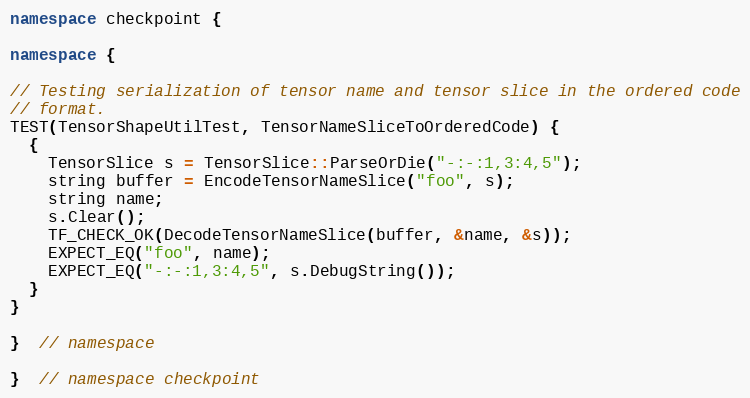
Language: C++
namespace checkpoint {

namespace {

// Testing serialization of tensor name and tensor slice in the ordered code
// format.
TEST(TensorShapeUtilTest, TensorNameSliceToOrderedCode) {
  {
    TensorSlice s = TensorSlice::ParseOrDie("-:-:1,3:4,5");
    string buffer = EncodeTensorNameSlice("foo", s);
    string name;
    s.Clear();
    TF_CHECK_OK(DecodeTensorNameSlice(buffer, &name, &s));
    EXPECT_EQ("foo", name);
    EXPECT_EQ("-:-:1,3:4,5", s.DebugString());
  }
}

}  // namespace

}  // namespace checkpoint